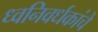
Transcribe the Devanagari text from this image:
ध्वनिवर्धकांचे